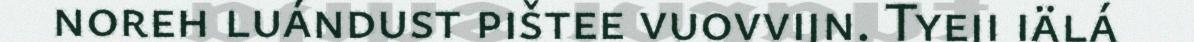
noreh luándust pištee vuovvijn. Tyeji iälá